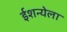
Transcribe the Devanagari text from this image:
ईशन्येला